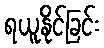
ရယူနိုင်ခြင်း